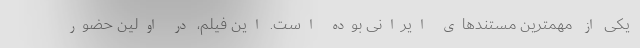
یکی از مهمترین مستندهای ایرانی بوده است. این فیلم، در اولین حضور